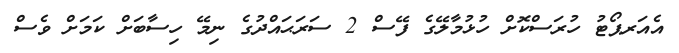
އެއަރޕޯޓު ހުރަސްކޮށް ހުޅުމާލޭގެ ފޭސް 2 ސަރަޙައްދުގެ ނިމޭ ހިސާބަށް ކަމަށް ވެސް